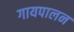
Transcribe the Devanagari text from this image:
गायपालन